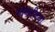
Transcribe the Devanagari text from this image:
भोकरीच्या